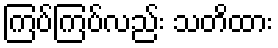
ကြပ်ကြပ်လည်း သတိထား